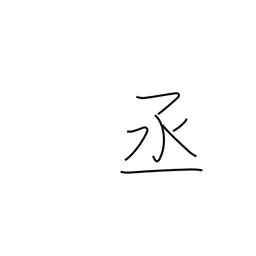
Meaning: help